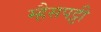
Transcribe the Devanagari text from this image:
म्हैसपट्टी